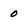
Character: o